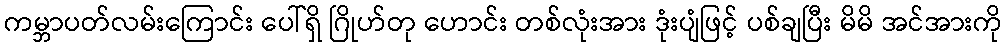
ကမ္ဘာပတ်လမ်းကြောင်း ပေါ်ရှိ ဂြိုဟ်တု ဟောင်း တစ်လုံးအား ဒုံးပျံဖြင့် ပစ်ချပြီး မိမိ အင်အားကို